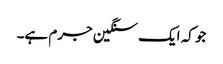
جو کہ ایک سنگین جرم ہے۔